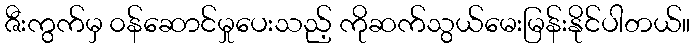
ဇီးကွက်မှ ၀န်ဆောင်မှုပေးသည့် ကိုဆက်သွယ်မေးမြန်းနိုင်ပါတယ်။